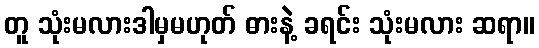
တူ သုံးမလားဒါမှမဟုတ် ဓားနဲ့ ခရင်း သုံးမလား ဆရာ။